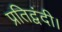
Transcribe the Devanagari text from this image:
प्रतिद्वंदी।